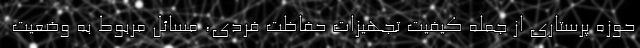
حوزه پرستاری از جمله کیفیت تجهیزات حفاظت فردی، مسائل مربوط به وضعیت